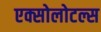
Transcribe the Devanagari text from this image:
एक्सोलोटल्स